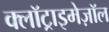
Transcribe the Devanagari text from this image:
क्लॉट्राइमेज़ॉल